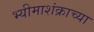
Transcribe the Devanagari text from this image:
भ्यीमाशंक्राच्या